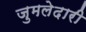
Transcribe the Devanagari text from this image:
जुमलेदारी